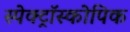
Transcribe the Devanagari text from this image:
स्पेक्ट्रॉस्कोपिक